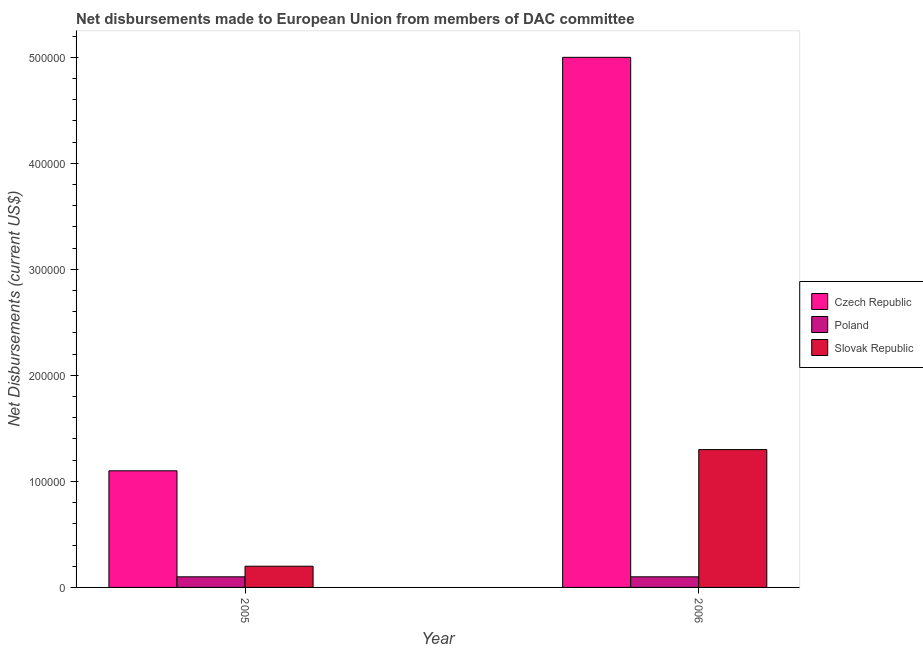
| Year | Czech Republic | Poland | Slovak Republic |
 | --- | --- | --- | --- |
 | 2005 | 1.1e+05 | 1e+04 | 2e+04 |
 | 2006 | 5e+05 | 1e+04 | 1.3e+05 |